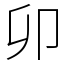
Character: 卯